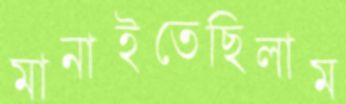
মানাইতেছিলাম